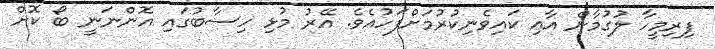
ފިރިމީހާ ލުގުމާން އާއި ކައިވެނިކުރުމަށްފަހުއެވެ. އޭރު މުޅި ހިސާބުގައި އޮންނަނީ ބޯ ކޮށް